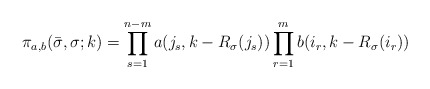
\begin{align*} \pi_{a,b}(\bar{\sigma},\sigma;k)=\prod_{s=1}^{n-m}a(j_s,k-R_{\sigma}(j_s)) \prod_{r=1}^{m}b(i_r,k-R_{\sigma}(i_r))\end{align*}